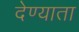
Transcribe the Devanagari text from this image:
देण्याता